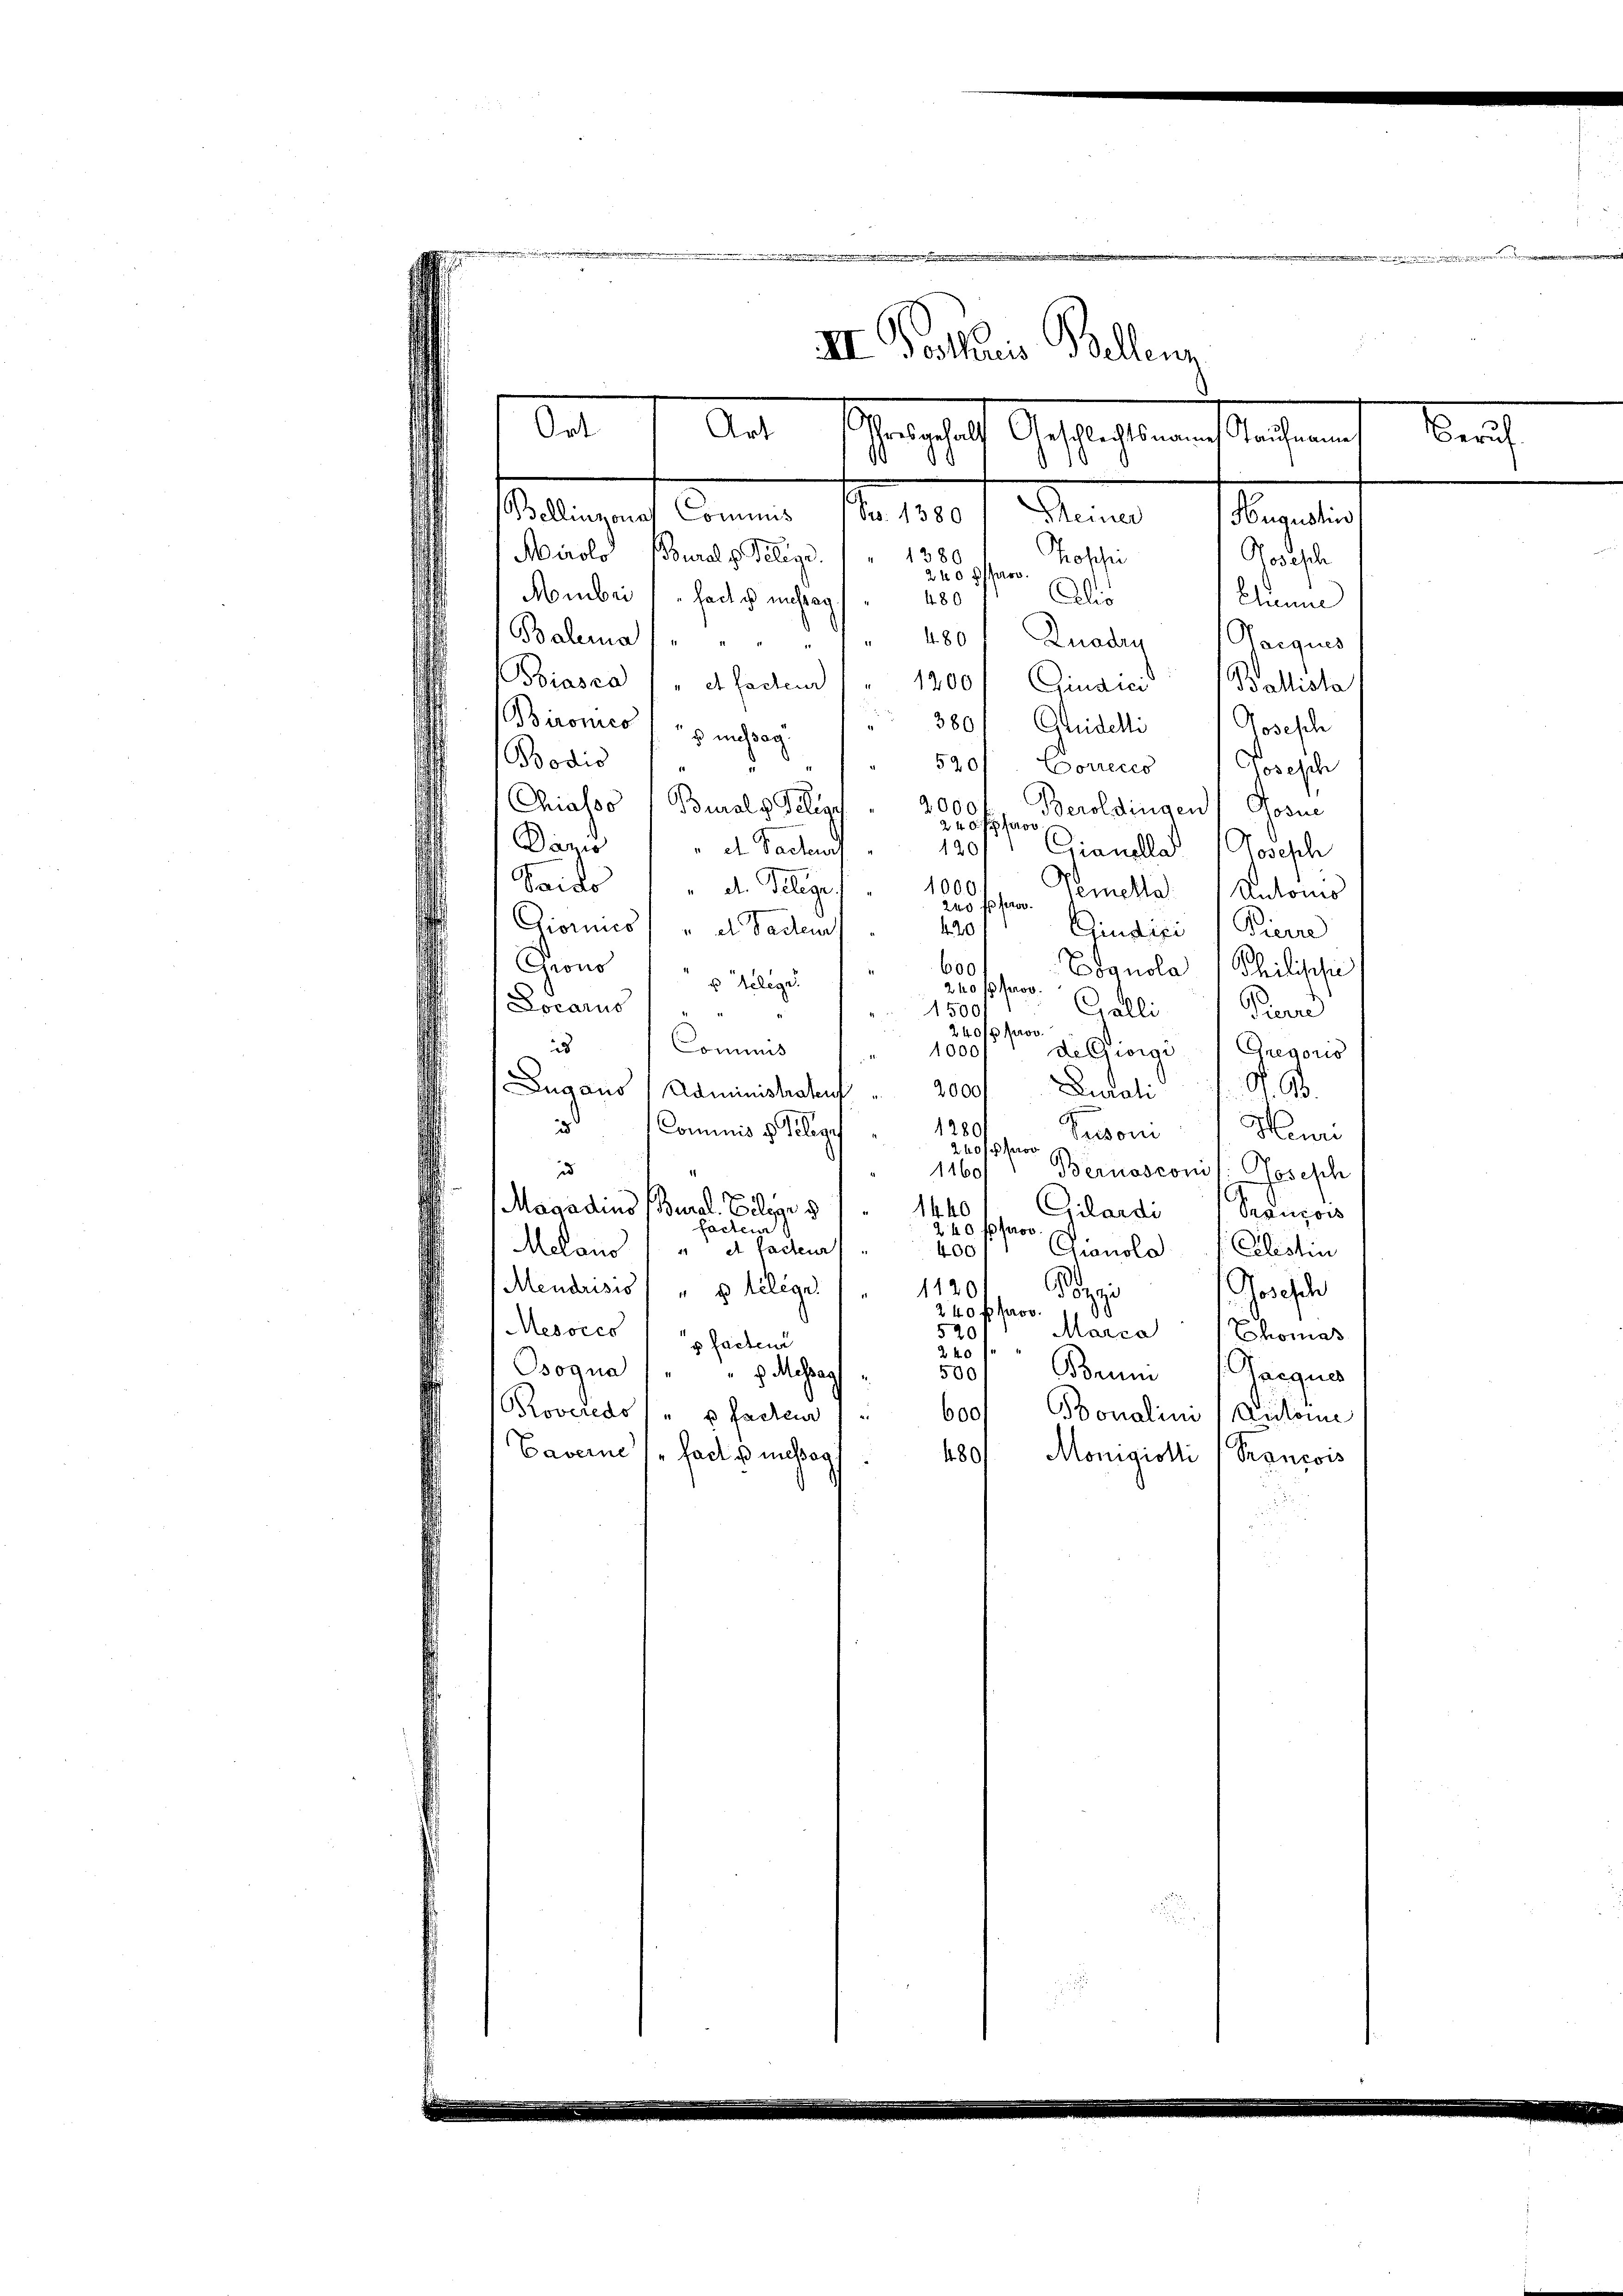
II. Pollaris Bellenz
Ort
Art
schens halt Auftragstementlichen
staltungen Kennen M. 180 f. Wenn

Mirolo Bourals Telege. " 1380
Hroschen
240 ff paro
Alis
Mombei " " facte anstag
480
Balema
480 Quaden Parques
Biasca
et facteur
1200 / Ginara Ballista
3801 Glüdelli Josesch
Bironicos nichsag
Bodis f
520/ Correcco Joseph
Chialso 1 Buraly Pelige
2000
Beroldingen Gosne
240 f pro
Dazio
 dh. Pacteur
120
Crianellat (Joseph
Saido " " d. Klage
1000
Vemetta Automo
240 f pro.
420
Diornis u de Badens
Giudici / Pierre
Grono
600
Edgnola Philische
s Telege.
240 f 100.
Locaris
Galli Pierre
1500/1
d
240/p prov.
s
Commis
1000
de Giosi Gregoris
2000 Ducati St. G
Dugano (Administraten
 Commis v. Klage 1289
Pador Hun
240 f pro
u
1160/" Bernasconis: Tosesch
F
Masadius (Bural Cesar § 11440
Gilardi (Franzows
facter
240 f proo
Melan
 et facteur
400
Gianola 1 Cilistin
Mendrisis) " u telege / 1120
Josefch
Po
240 f prov.
Mesocco
520
Marca 1 Thomas
x facten
240
Bsogna
h. Massag
500
Brum Parques
Proveredo  " p facteur " " 600, Bonalini (Antone
Caverne / fade missag
480, Monigioli (Trancois

Hugustins
Rodische
Chenne

.

Zürich